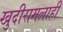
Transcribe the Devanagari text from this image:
खुदीरामलाही